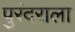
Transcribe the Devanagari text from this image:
पुरंदराला